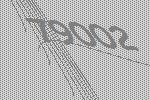
79002